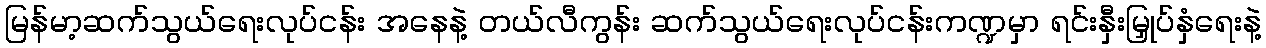
မြန်မာ့ဆက်သွယ်ရေးလုပ်ငန်း အနေနဲ့ တယ်လီကွန်း ဆက်သွယ်ရေးလုပ်ငန်းကဏ္ဍမှာ ရင်းနှီးမြှုပ်နှံရေးနဲ့